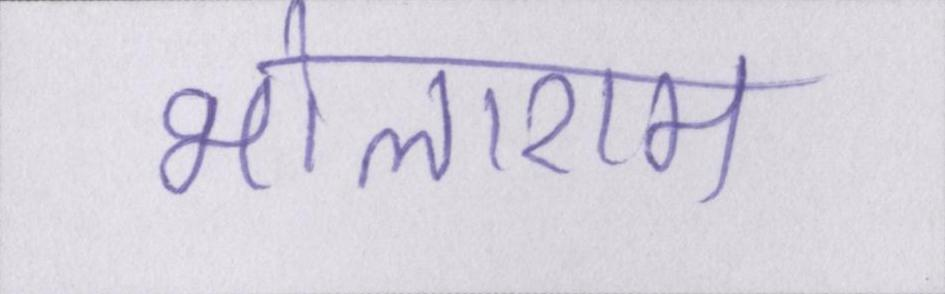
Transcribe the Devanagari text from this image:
भोलाराम